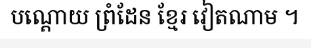
បណ្តោយ ព្រំដែន ខ្មែរ វៀតណាម ។